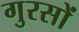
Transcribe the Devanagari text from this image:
गुरसों